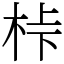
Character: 桛